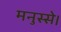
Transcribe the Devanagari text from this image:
मनुस्से।